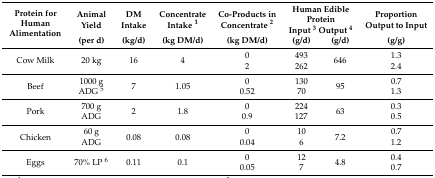
<table><thead><tr><td rowspan="2"><b>Protein for Human Alimentation </b></td><td><b>Animal Yield </b></td><td><b>DM Intake </b></td><td><b>Concentrate Intake <sup>1</sup></b></td><td><b>Co-Products in Concentrate <sup>2</sup></b></td><td colspan="2"><b>Human Edible ProteinInput <sup>3</sup> Output <sup>4</sup></b></td><td><b>Proportion Output to Input </b></td></tr><tr><td><b>(per d)</b></td><td><b>(kg/d)</b></td><td><b>(kg DM/d)</b></td><td><b>(kg DM/d)</b></td><td><b>(g/d)</b></td><td><b>(g/d)</b></td><td><b>(g/g)</b></td></tr></thead><tbody><tr><td>Cow Milk</td><td>20 kg</td><td>16</td><td>4</td><td>02</td><td>493262</td><td>646</td><td>1.32.4</td></tr><tr><td>Beef</td><td>1000 g ADG <sup>5</sup></td><td>7</td><td>1.05</td><td>00.52</td><td>13070</td><td>95</td><td>0.71.3</td></tr><tr><td>Pork</td><td>700 g ADG</td><td>2</td><td>1.8</td><td>00.9</td><td>224127</td><td>63</td><td>0.30.5</td></tr><tr><td>Chicken</td><td>60 g ADG</td><td>0.08</td><td>0.08</td><td>00.04</td><td>106</td><td>7.2</td><td>0.71.2</td></tr><tr><td>Eggs</td><td>70% LP <sup>6</sup></td><td>0.11</td><td>0.1</td><td>00.05</td><td>127</td><td>4.8</td><td>0.40.7</td></tr></tbody></table>